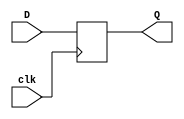
module vDFF(clk,D,Q);
  parameter n=1;
  input clk;
  input [n-1:0] D;
  output [n-1:0] Q;
  reg [n-1:0] Q;

  always @(posedge clk)
    Q <= D;
endmodule

// based on lecture slides 7
// a - n wide binary input
// b - m wide one hot output
module decoder(a, b);
  parameter n = 3;
  parameter m = 8;

  input [n - 1:0] a;
  output [m - 1:0] b;

  // shift 1 to the left 'a' times
  wire [m - 1:0] b = 1 << a;
endmodule

// binary select - select a0 when select is 0
// k - width of IO
module MUX2(a0, a1, select, b);
  parameter k = 1;

  input [k - 1:0] a0, a1;
  input select;
  output [k - 1:0] b;

  assign b = select ? a1 : a0;
endmodule

module MUX3(a0, a1, a2, select, b);
  parameter k = 1;
  input [k-1:0] a0, a1, a2;
  input [1:0] select;
  output [k-1:0] b;

  assign b = (select == 2'b00) ? a0 :
             (select == 2'b01) ? a1 : a2;
endmodule

module MUX4(
  a0, a1, a2, a3,
  select, b
  );
  parameter k = 1;

  input [k-1:0] a0, a1, a2, a3;
  input [1:0] select;
  output [k-1:0] b;

  assign b = (select == 2'b00) ? a0 :
             (select == 2'b01) ? a1 :
             (select == 2'b10) ? a2 : a3;
endmodule


// k - width of IO
module MUX8(
  a0, a1, a2, a3, a4, a5, a6, a7,
  select, b
  );
  parameter k = 1;

  input [k - 1:0] a0, a1, a2, a3, a4, a5, a6, a7;
  input [7:0] select;
  output [k - 1:0] b;

  assign b =
  ({k{select[0]}} & a0) |
  ({k{select[1]}} & a1) |
  ({k{select[2]}} & a2) |
  ({k{select[3]}} & a3) |
  ({k{select[4]}} & a4) |
  ({k{select[5]}} & a5) |
  ({k{select[6]}} & a6) |
  ({k{select[7]}} & a7);
endmodule

// sign extender for both positive and negative numbers
module sxtend(in, out);
  parameter k = 8;
  parameter l = 16;

  input [k-1:0] in;
  output [l-1:0] out;

  assign out = {{(l - k){in[k - 1]}}, in};
endmodule